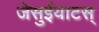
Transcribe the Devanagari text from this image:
जेसुईयाटस्